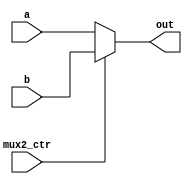
`timescale 1ns / 1ps
//////////////////////////////////////////////////////////////////////////////////
// Company: 
// Engineer: 
// 
// Design Name: 
// Module Name: mux2_32
// Project Name: 
// Target Devices: 
// Tool Versions: 
// Description: 
// 
// Dependencies: 
// 
// Revision:
// Revision 0.01 - File Created
// Additional Comments:
// 
//////////////////////////////////////////////////////////////////////////////////


module mux2_32(
    input[31:0] a,
    input[31:0] b,
    
    input       mux2_ctr,
    output[31:0]   out
    );
    
    assign out =    (mux2_ctr == 1'd0) ? a  :
                    b;
endmodule